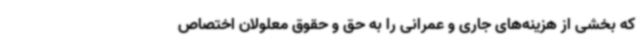
که بخشی از هزینه‌های جاری و عمرانی را به حق و حقوق معلولان اختصاص